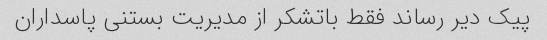
پیک دیر رساند فقط باتشکر از مدیریت بستنی پاسداران